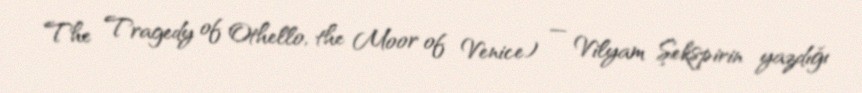
The Tragedy of Othello, the Moor of Venice) — Vilyam Şekspirin yazdığı